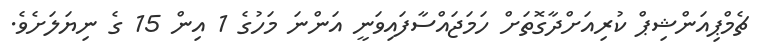
ޗެމްޕިއަންޝިޕް ކުރިއަށްދާގޮތަށް ހަމަޖައްސާފައިވަނީ އަންނަ މަހުގެ 1 އިން 15 ގެ ނިޔަލަށެވެ.